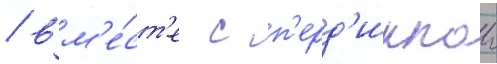
/ вм'е́ст'е с п'ерд'иккои